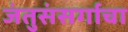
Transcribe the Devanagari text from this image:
जंतुसंसर्गाचा